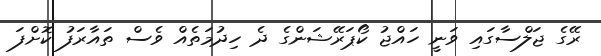
ރޭގެ ޖަލްސާގައި ވަނީ ހައްޖު ކޯޕަރޭޝަންގެ ދެ ހިދުމަތެއް ވެސް ތައާރަފު ކޮށްފަ